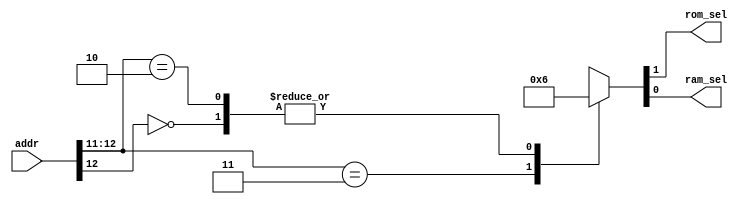
module addr_decode(addr,rom_sel,ram_sel);
output rom_sel,ram_sel;
input [12:0] addr;
reg rom_sel,ram_sel;

always @ (addr)
begin
casex(addr)
13'b11xxxxxxxxxxx:{rom_sel,ram_sel}<=2'b01;
13'b0xxxxxxxxxxxx:{rom_sel,ram_sel}<=2'b10;
13'b10xxxxxxxxxxx:{rom_sel,ram_sel}<=2'b10;
default:{rom_sel,ram_sel}<=2'b00;
endcase
end
endmodule